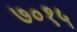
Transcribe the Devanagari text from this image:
७०१५